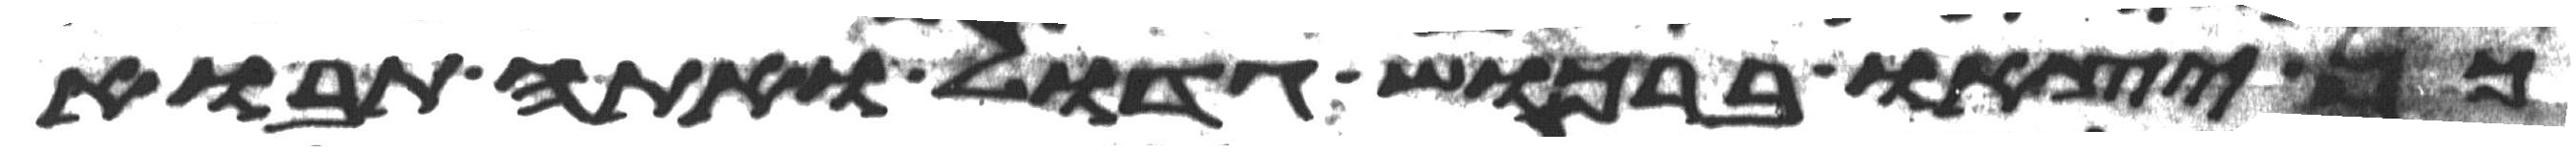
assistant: כן יצאו ברכוש גדול ואתה תבוא